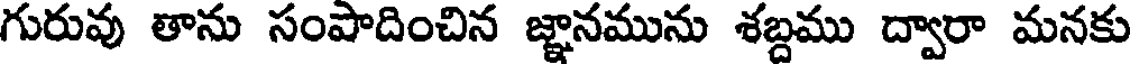
గురువు తాను సంపాదించిన జ్ఞానమును శబ్దము ద్వారా మనకు